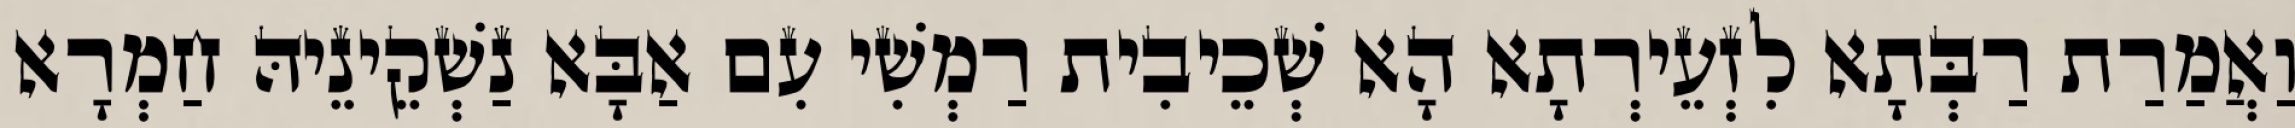
וַאֲמַרַת רַבְּתָא לִזְעֵירְתָא הָא שְׁכֵיבִית רַמְשִׁי עִם אַבָּא נַשְׁקֵינֵיהּ חַמְרָא